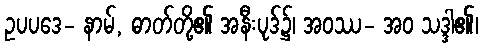
ဥပပဒေ- နာမ်, ဓာတ်တို့၏ အနီးပုဒ်၌၊ အဝဿ- အဝ သဒ္ဒါ၏၊